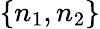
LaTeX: \{ n_{1},n_{2}\}